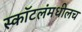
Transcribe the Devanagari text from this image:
स्कॉटलंमधीलच